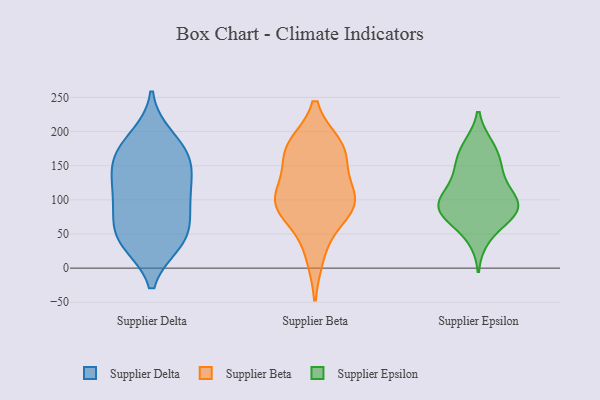
{"axis": {"x": "Website Visitors", "y": "Value"}, "legend": ["Supplier Beta", "Supplier Delta", "Supplier Epsilon"], "data": [{"x": "", "y": 38, "type": "Supplier Delta"}, {"x": "", "y": 146, "type": "Supplier Delta"}, {"x": "", "y": 40, "type": "Supplier Delta"}, {"x": "", "y": 74, "type": "Supplier Delta"}, {"x": "", "y": 165, "type": "Supplier Delta"}, {"x": "", "y": 95, "type": "Supplier Delta"}, {"x": "", "y": 104, "type": "Supplier Delta"}, {"x": "", "y": 175, "type": "Supplier Delta"}, {"x": "", "y": 109, "type": "Supplier Delta"}, {"x": "", "y": 133, "type": "Supplier Delta"}, {"x": "", "y": 160, "type": "Supplier Delta"}, {"x": "", "y": 191, "type": "Supplier Delta"}, {"x": "", "y": 45, "type": "Supplier Delta"}, {"x": "", "y": 47, "type": "Supplier Delta"}, {"x": "", "y": 91, "type": "Supplier Beta"}, {"x": "", "y": 107, "type": "Supplier Beta"}, {"x": "", "y": 178, "type": "Supplier Beta"}, {"x": "", "y": 173, "type": "Supplier Beta"}, {"x": "", "y": 103, "type": "Supplier Beta"}, {"x": "", "y": 19, "type": "Supplier Beta"}, {"x": "", "y": 88, "type": "Supplier Beta"}, {"x": "", "y": 168, "type": "Supplier Beta"}, {"x": "", "y": 76, "type": "Supplier Beta"}, {"x": "", "y": 110, "type": "Supplier Beta"}, {"x": "", "y": 171, "type": "Supplier Beta"}, {"x": "", "y": 179, "type": "Supplier Epsilon"}, {"x": "", "y": 83, "type": "Supplier Epsilon"}, {"x": "", "y": 178, "type": "Supplier Epsilon"}, {"x": "", "y": 44, "type": "Supplier Epsilon"}, {"x": "", "y": 91, "type": "Supplier Epsilon"}, {"x": "", "y": 95, "type": "Supplier Epsilon"}, {"x": "", "y": 119, "type": "Supplier Epsilon"}, {"x": "", "y": 73, "type": "Supplier Epsilon"}, {"x": "", "y": 89, "type": "Supplier Epsilon"}, {"x": "", "y": 138, "type": "Supplier Epsilon"}, {"x": "", "y": 74, "type": "Supplier Epsilon"}, {"x": "", "y": 105, "type": "Supplier Epsilon"}, {"x": "", "y": 147, "type": "Supplier Epsilon"}, {"x": "", "y": 94, "type": "Supplier Epsilon"}, {"x": "", "y": 156, "type": "Supplier Epsilon"}]}